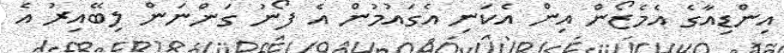
އިންޑިއާގެ އެމެޒޯން އިން އެކަނި އެގައުމުން އެ ފޯނު ގަންނަން ލިބޭއިރު އެ